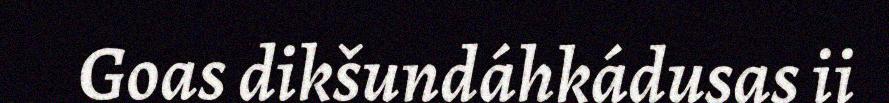
Goas dikšundáhkádusas ii